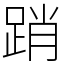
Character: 踃